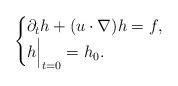
LaTeX: \begin{align*}\begin{cases}\partial_t h + (u \cdot \nabla) h =f, \\h\Bigr|_{t=0}=h_0.\end{cases}\end{align*}